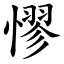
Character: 憀